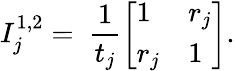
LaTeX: I_{j}^{1,2}=\ \frac{1}{t_{j}}\left[\begin{array}{ll}{1}&{r_{j}}\\ {r_{j}}&{1}\end{array}\right].